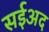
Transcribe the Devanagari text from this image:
सईअद